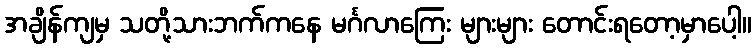
အချိန်ကျမှ သတို့သားဘက်ကနေ မင်္ဂလာကြေး များများ တောင်းရတော့မှာပေါ့။